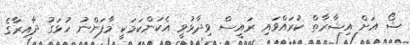
ޝޯ އަށް އިޝާރާތް ކުރައްވައި ރައީސް ވިދާޅުވީ އެކަންކަމަކީ މާފަންނު ހުޅަގު ދާއިރާގެ